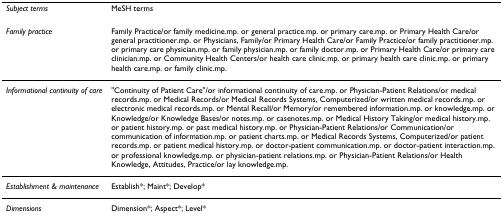
<table><thead><tr><td><b><i>Subject terms</i></b></td><td><b>MeSH terms</b></td></tr></thead><tbody><tr><td><i>Family practice</i></td><td>Family Practice/or family medicine.mp. or general practice.mp. or primary care.mp. or Primary Health Care/or general practitioner.mp. or Physicians, Family/or Primary Health Care/or Family Practice/or family practitioner.mp. or primary care physician.mp. or family physician.mp. or family doctor.mp. or Primary Health Care/or primary care clinician.mp. or Community Health Centers/or health care clinic.mp. or primary health care clinic.mp. or primary health care.mp. or family clinic.mp.</td></tr><tr><td><i>Informational continuity of care</i></td><td>&quot;Continuity of Patient Care&quot;/or informational continuity of care.mp. or Physician-Patient Relations/or medical records.mp. or Medical Records/or Medical Records Systems, Computerized/or written medical records.mp. or electronic medical records.mp. or Mental Recall/or Memory/or remembered information.mp. or knowledge.mp. or Knowledge/or Knowledge Bases/or notes.mp. or casenotes.mp. or Medical History Taking/or medical history.mp. or patient history.mp. or past medical history.mp. or Physician-Patient Relations/or Communication/or communication of information.mp. or patient charts.mp. or Medical Records Systems, Computerized/or patient records.mp. or patient medical history.mp. or doctor-patient communication.mp. or doctor-patient interaction.mp. or professional knowledge.mp. or physician-patient relations.mp. or Physician-Patient Relations/or Health Knowledge, Attitudes, Practice/or lay knowledge.mp.</td></tr><tr><td><i>Establishment &amp; maintenance</i></td><td>Establish*; Maint*; Develop*</td></tr><tr><td><i>Dimensions</i></td><td>Dimension*; Aspect*; Level*</td></tr></tbody></table>